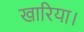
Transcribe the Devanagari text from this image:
खारिया।